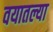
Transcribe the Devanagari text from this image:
वयातल्या